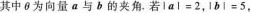
其中θ为向量a与b的夹角。若lal=2，ibl=5，